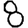
Digit: 8